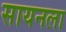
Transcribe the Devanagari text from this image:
सायनला